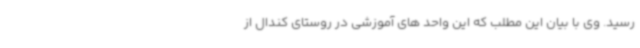
رسید. وی با بیان این مطلب که این واحد های آموزشی در روستای کندال از